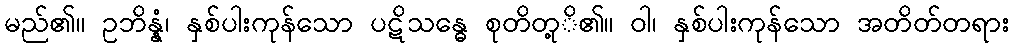
မည်၏။ ဥဘိန္နံ၊ နှစ်ပါးကုန်သော ပဋိသန္ဓေ စုတိတု့ိ၏။ ဝါ၊ နှစ်ပါးကုန်သော အတိတ်တရား